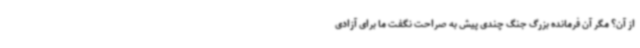
از آن؟ مگر آن فرمانده بزرگ جنگ چندی پیش به صراحت نگفت ما برای آزادی